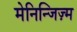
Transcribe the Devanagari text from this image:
मेनिन्जिज़्म